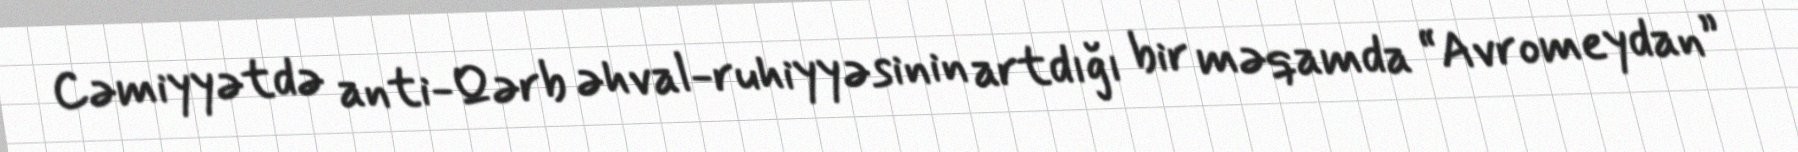
Cəmiyyətdə anti-Qərb əhval-ruhiyyəsinin artdığı bir məqamda “Avromeydan”